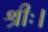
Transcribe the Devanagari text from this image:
श्रीः।